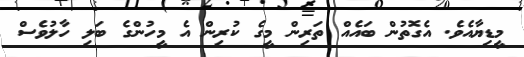
މީޑިޔާއެވެ. އެގޮތުން ބައެއް ތަރިން މީގެ ކުރިން އެ މީހުންގެ ބަލި ހާލުވެސް